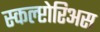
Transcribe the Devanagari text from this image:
स्कल्प्टोरिअस